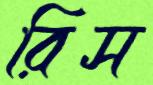
রিস